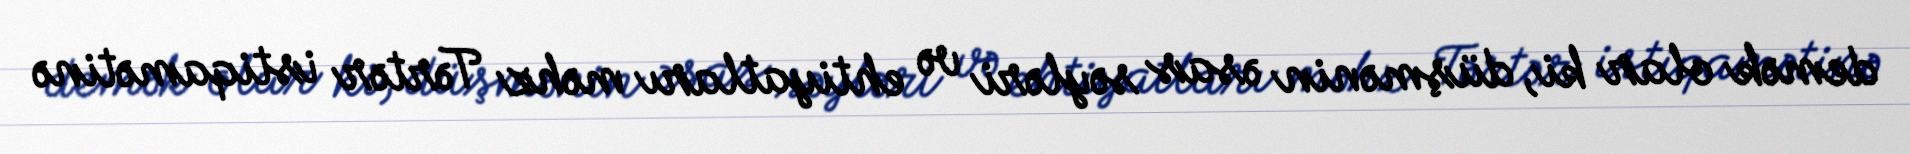
demək olar ki, düşmənin əsas səyləri və ehtiyatları məhz Tərtər istiqamətinə